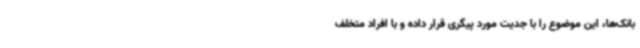
بانک‌ها، این موضوع را با جدیت مورد پیگری قرار داده و با افراد متخلف